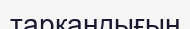
тарқандығын